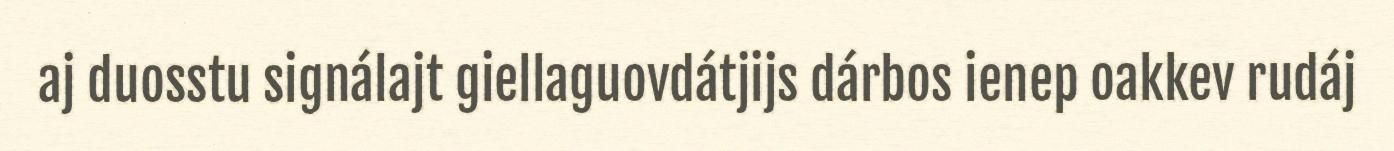
aj duosstu signálajt giellaguovdátjijs dárbos ienep oakkev rudáj